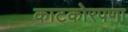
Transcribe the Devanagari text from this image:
काटकोरपणा